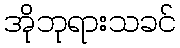
အိုဘုရားသခင်